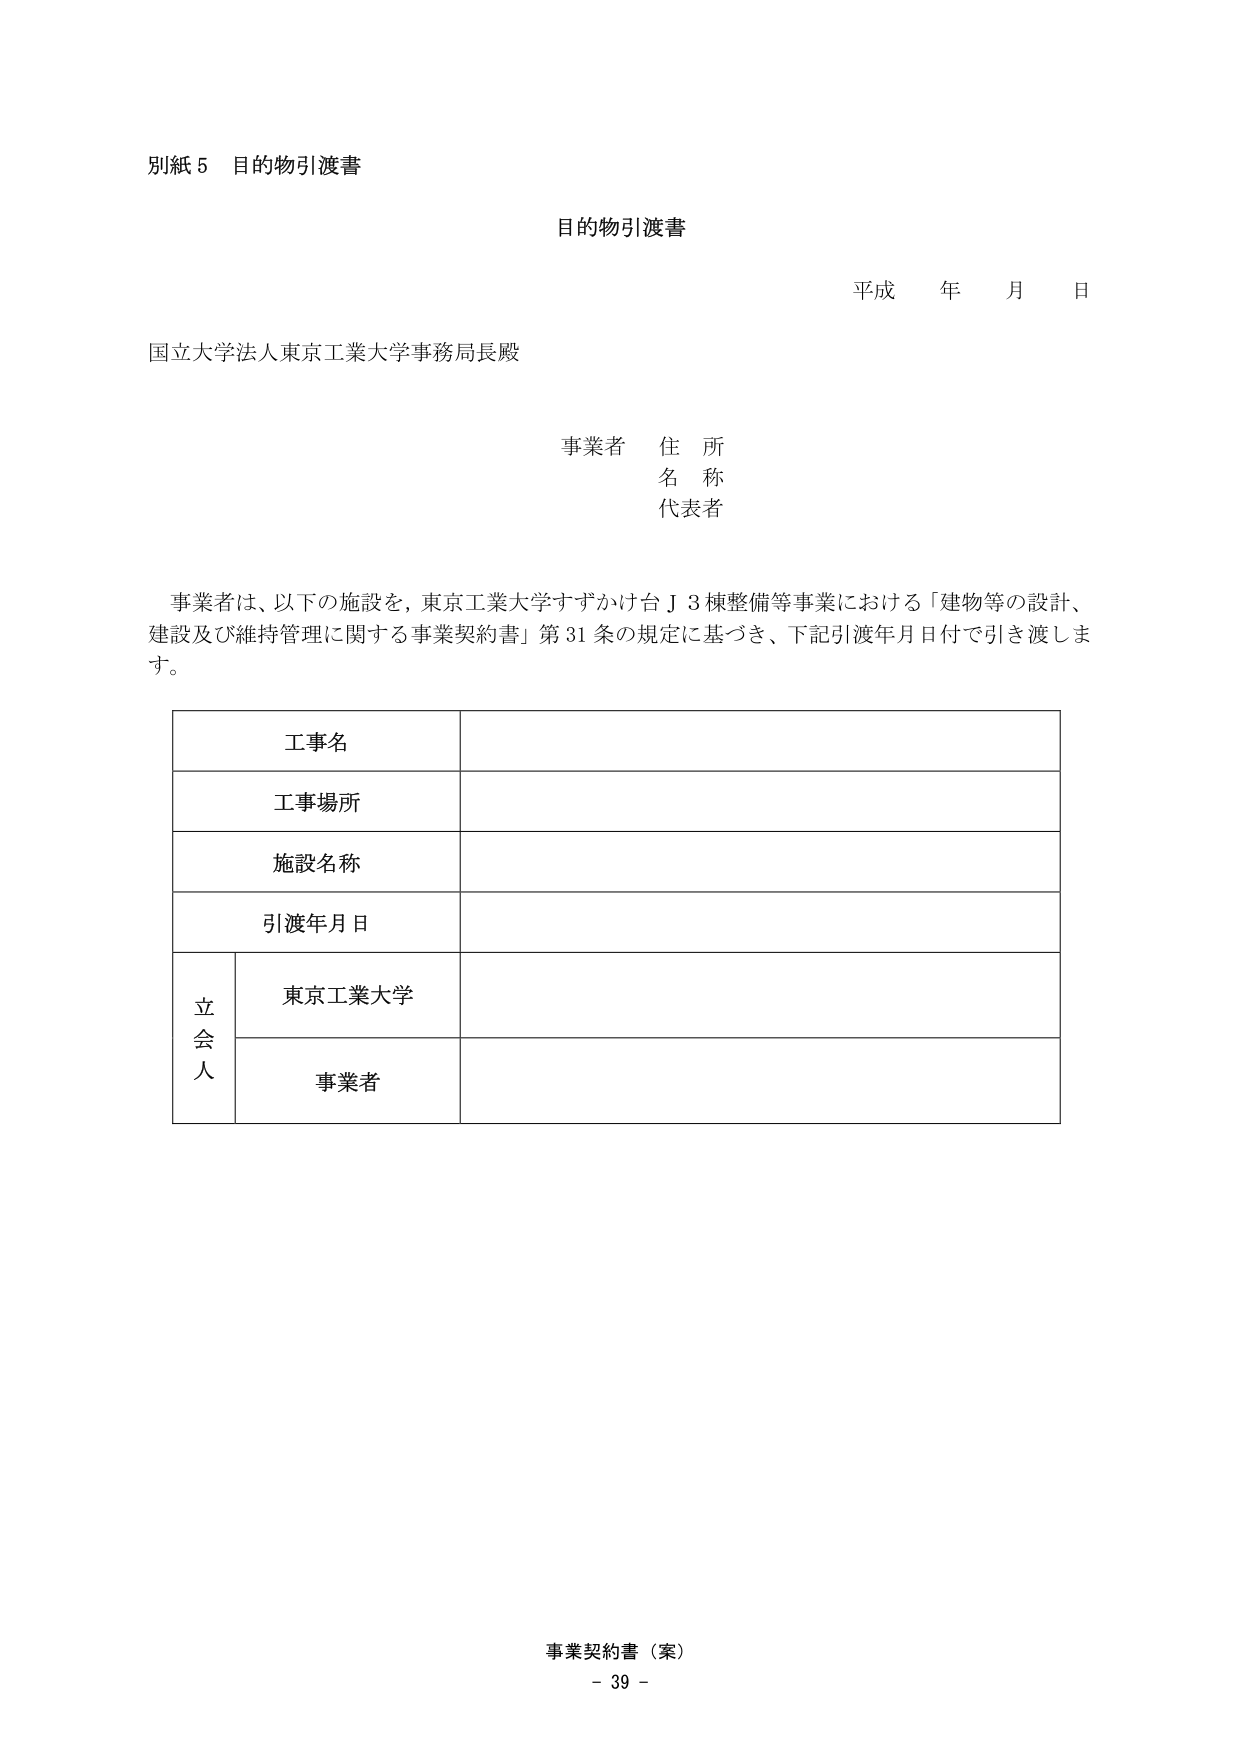
別紙５ 目的物引渡書

目的物引渡書

平成 年 月 日

国立大学法人東京工業大学事務局長殿

事業者 住所
名称
代表者

事業者は、以下の施設を、東京工業大学すずかけ台Ｊ３棟整備等事業における「建物等の設計、建設及び維持管理に関する事業契約書」第31条の規定に基づき、下記引渡年月日付で引き渡します。

工事名
工事場所
施設名称
引渡年月日

立会人
東京工業大学
事業者

事業契約書（案）
- 39 -